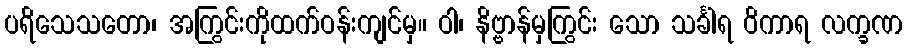
ပရိသေသတော၊ အကြွင်းကိုထက်ဝန်းကျင်မှ။ ဝါ၊ နိဗ္ဗာန်မှကြွင်း သော သင်္ခါရ ဝိကာရ လက္ခဏ